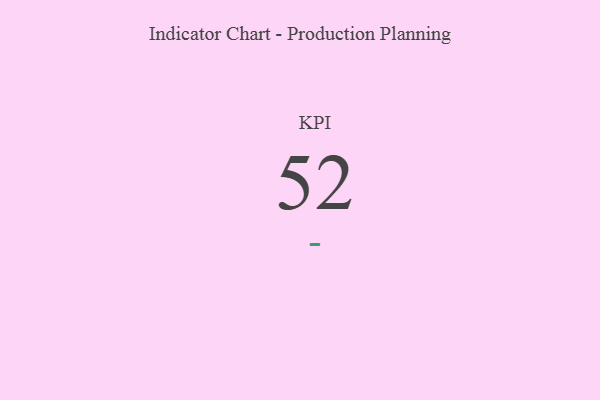
{"axis": {"x": "KPI", "y": "Value"}, "legend": [""], "data": [{"x": "KPI", "y": 52, "type": ""}]}